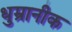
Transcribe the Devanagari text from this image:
धुम्रानीक